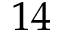
^ Ḋ 1 4 Ḍ